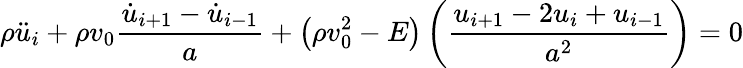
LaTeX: \rho\ddot{u}_{i}+\rho v_{0}\frac{\dot{u}_{i+1}-\dot{u}_{i-1}}{a}+\left(\rho v_{0}^{2}-E\right)\left(\frac{{u}_{i+1}-2u_{i}+u_{i-1}}{a^{2}}\right)=0